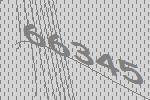
66345